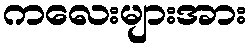
ကလေးများအား